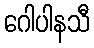
ဂေါပါနသီ